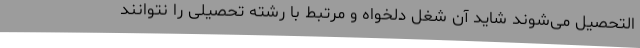
التحصیل می‌شوند شاید آن شغل دلخواه و مرتبط با رشته تحصیلی را نتوانند